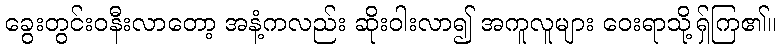
ခွေးတွင်းဝနီးလာတော့ အနံ့ကလည်း ဆိုးဝါးလာ၍ အကူလူများ ဝေးရာသို့ရှ်ကြ၏။